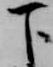
下